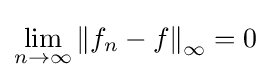
\lim _{n\to \infty }{\|f_{n}-f\|}_{\infty }=0